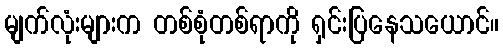
မျက်လုံးများက တစ်စုံတစ်ရာကို ရှင်းပြနေသယောင်။